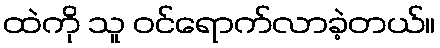
ထဲကို သူ ဝင်ရောက်လာခဲ့တယ်။